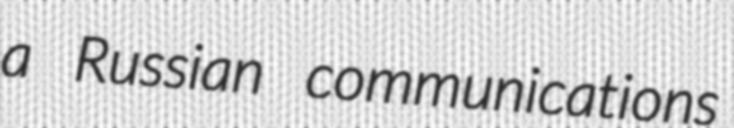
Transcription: a Russian communications